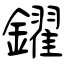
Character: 鑃